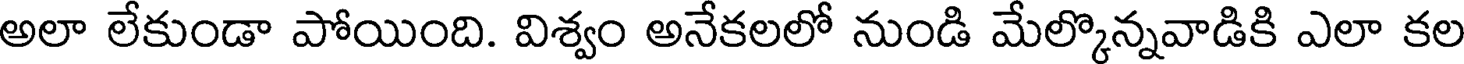
అలా లేకుండా పోయింది. విశ్వం అనేకలలో నుండి మేల్కొన్నవాడికి ఎలా కల